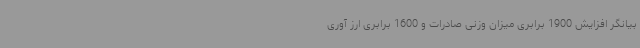
بیانگر افزایش 1900 برابری میزان وزنی صادرات و 1600 برابری ارز آوری